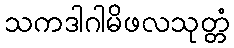
သကဒါဂါမိဖလသုတ္တံ